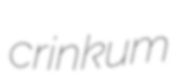
crinkum